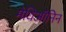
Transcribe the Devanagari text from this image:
मेथिऑनिन